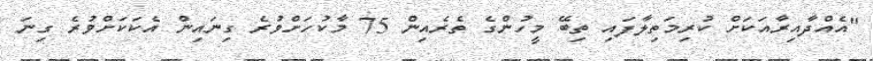
"އެއްދާއިރާއަކަށް ކުރިމަތިލާފައި ތިބޭ މީހުންގެ ތެރެއިން 75 މާކުހަށްވުރެ ގިނައިން އެކަކަށްވުރެ ގިނަ